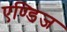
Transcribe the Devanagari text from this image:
एण्डिज